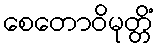
စေတောဝိမုတ္တိံ